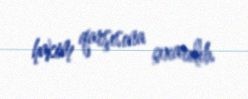
hakim qarşısına çıxarılıb.